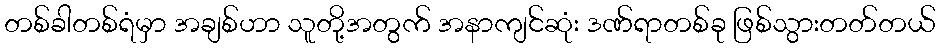
တစ်ခါတစ်ရံမှာ အချစ်ဟာ သူတို့အတွက် အနာကျင်ဆုံး ဒဏ်ရာတစ်ခု ဖြစ်သွားတတ်တယ်